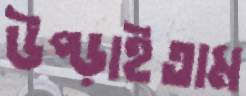
উপ্‌ড়াইতাম